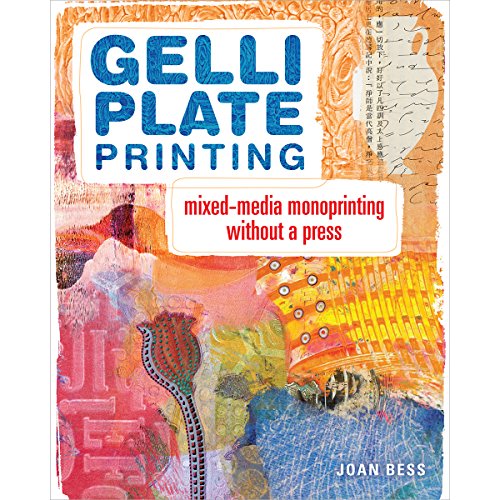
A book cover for Gelli Plate Printing: Mixed-Media Monoprinting Without a Press; Joan Bess; Crafts, Hobbies & Home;